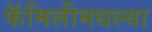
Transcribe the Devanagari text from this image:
फॅमिलीमधल्या